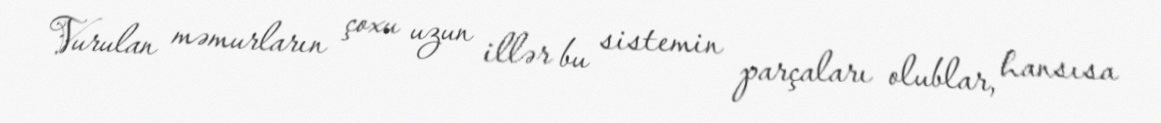
Vurulan məmurların çoxu uzun illər bu sistemin parçaları olublar, hansısa